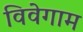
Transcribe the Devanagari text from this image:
विवेगाम